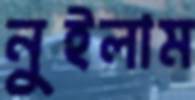
নুইলাম